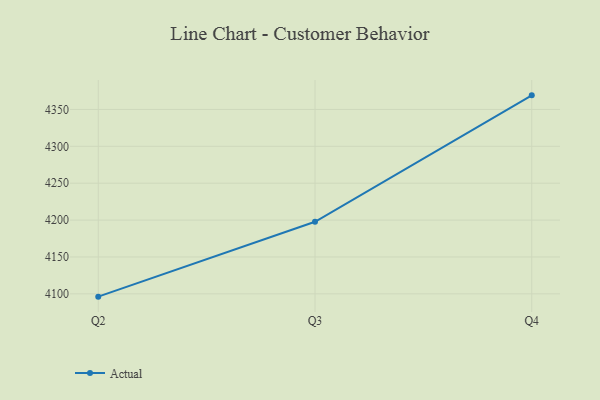
{"axis": {"x": "Quarter", "y": "Revenue (USD Million)"}, "legend": ["Actual"], "data": [{"x": "Q2", "y": 4096.2, "type": "Actual"}, {"x": "Q3", "y": 4197.7, "type": "Actual"}, {"x": "Q4", "y": 4369.1, "type": "Actual"}]}